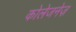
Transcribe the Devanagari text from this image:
कोलेजनेज़